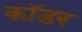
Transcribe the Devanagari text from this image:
कॉडर